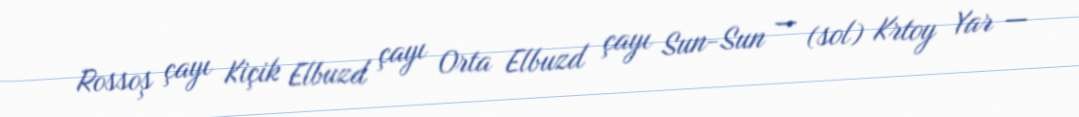
Rossoş çayı Kiçik Elbuzd çayı Orta Elbuzd çayı Sun-Sun — (sol) Krtoy Yar —